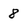
Character: 8